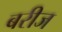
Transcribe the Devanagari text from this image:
बरीज